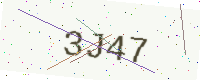
Text: 3J47